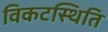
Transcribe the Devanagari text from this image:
विकटस्थिति